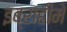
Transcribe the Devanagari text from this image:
इब्राहीमे